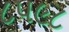
૮૫૯૮